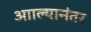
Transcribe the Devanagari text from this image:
आाल्यानंतर